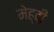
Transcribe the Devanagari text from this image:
मेह्दी